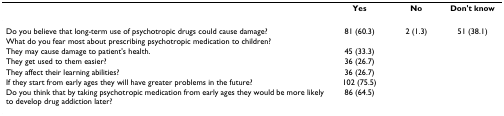
<table><thead><tr><td></td><td><b>Yes</b></td><td><b>No</b></td><td><b>Don&#x27;t know</b></td></tr></thead><tbody><tr><td>Do you believe that long-term use of psychotropic drugs could cause damage?</td><td>81 (60.3)</td><td>2 (1.3)</td><td>51 (38.1)</td></tr><tr><td>What do you fear most about prescribing psychotropic medication to children?</td><td></td><td></td><td></td></tr><tr><td>They may cause damage to patient&#x27;s health.</td><td>45 (33.3)</td><td></td><td></td></tr><tr><td>They get used to them easier?</td><td>36 (26.7)</td><td></td><td></td></tr><tr><td>They affect their learning abilities?</td><td>36 (26.7)</td><td></td><td></td></tr><tr><td>If they start from early ages they will have greater problems in the future?</td><td>102 (75.5)</td><td></td><td></td></tr><tr><td>Do you think that by taking psychotropic medication from early ages they would be more likely to develop drug addiction later?</td><td>86 (64.5)</td><td></td><td></td></tr></tbody></table>